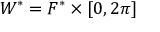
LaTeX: W ^ { * } = F ^ { * } \times [ 0 , 2 \pi ]